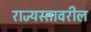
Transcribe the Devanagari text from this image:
राज्यस्तावरील